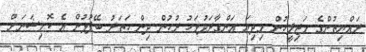
ރައްޔިތުންގެ މަޖިލީހުން މިދިޔަ އަންގާރަދުވަހު ރުހުން ދިން ހަތަރު ބޭފުޅުން އެ ކޮމިޝަނަށް